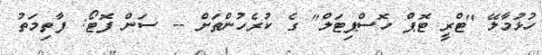
ހުޅުމާލޭ "ޓްރީ ޓޮޕް ހޮސްޕިޓަލް" ގެ ކުރެހުންތަށް -- ސަން ފޮޓޯ: ފާތިމަތު